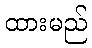
ထားမည်